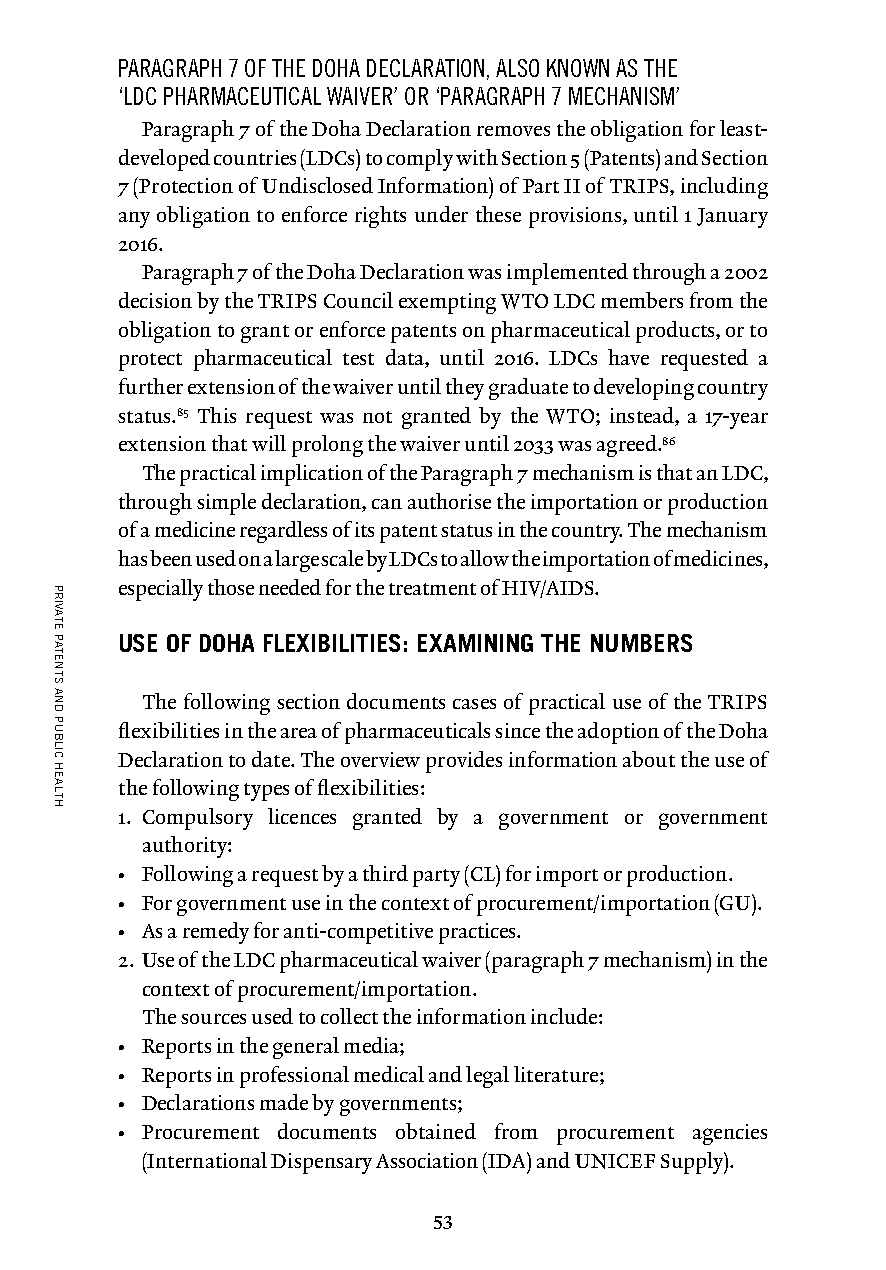
PARAGRAPH 7 OF THE DOHA DECLARATION, ALSO KNOWN AS THE
 ‘LDC PHARMACEUTICAL WAIVER’ OR ‘PARAGRAPH 7 MECHANISM’
 Paragraph 7 of the Doha Declaration removes the obligation for least-
 developed countries (LDCs) to comply with Section 5 (Patents) and Section
 7 (Protection of Undisclosed Information) of Part II of TRIPS, including
 any obligation to enforce rights under these provisions, until 1 January
 2016.
 Paragraph 7 of the Doha Declaration was implemented through a 2002
 decision by the TRIPS Council exempting WTO LDC members from the
 obligation to grant or enforce patents on pharmaceutical products, or to
 protect pharmaceutical test data, until 2016. LDCs have requested a
 further extension of the waiver until they graduate to developing country
 status.85 This request was not granted by the WTO; instead, a 17-year
 extension that will prolong the waiver until 2033 was agreed.86
 The practical implication of the Paragraph 7 mechanism is that an LDC,
 through simple declaration, can authorise the importation or production
 of a medicine regardless of its patent status in the country. The mechanism
 has been used on a large scale by LDCs to allow the importation of medicines,
 especially those needed for the treatment of HIV/AIDS.
 USE OF DOHA FLEXIBILITIES: EXAMINING THE NUMBERS
 The following section documents cases of practical use of the TRIPS
 flexibilities in the area of pharmaceuticals since the adoption of the Doha
 Declaration to date. The overview provides information about the use of
 the following types of flexibilities:
 1. Compulsory licences granted by a government or government
 authority:
 • Following a request by a third party (CL) for import or production.
 • For government use in the context of procurement/importation (GU).
 • As a remedy for anti-competitive practices.
 2. Use of the LDC pharmaceutical waiver (paragraph 7 mechanism) in the
 context of procurement/importation.
 The sources used to collect the information include:
 • Reports in the general media;
 • Reports in professional medical and legal literature;
 • Declarations made by governments;
 • Procurement documents obtained from procurement agencies
 (International Dispensary Association (IDA) and UNICEF Supply).
 53
 PRIVATE
 PATENTS
 AND
 PUBLIC
 HEALTH